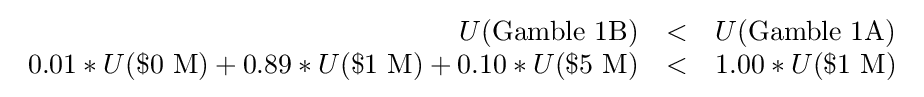
{\begin{array}{rcl}U({\text{Gamble 1B}})&<&U({\text{Gamble 1A}})\\0.01*U(\${\text{0 M}})+0.89*U(\${\text{1 M}})+0.10*U(\${\text{5 M}})&<&1.00*U(\${\text{1 M}})\end{array}}